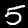
Digit: 5